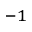
^ { - 1 }